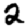
Digit: 2